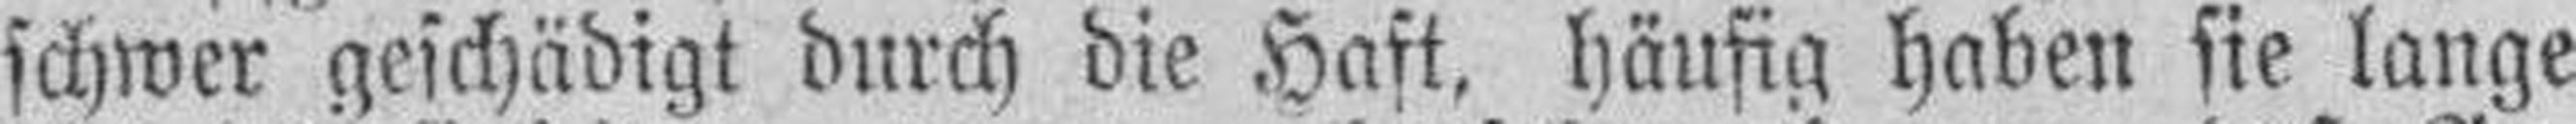
schwer geschädigt durch die Haft, häufig haben sie lange